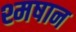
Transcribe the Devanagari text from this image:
श्मषान